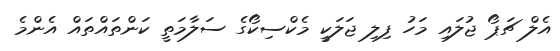
އެލް ޗަޕޯ ޖުލައި މަހު ފިލި ޖަލަކީ މެކްސިކޯގެ ސަލާމަތީ ކަންތައްތައް އެންމެ